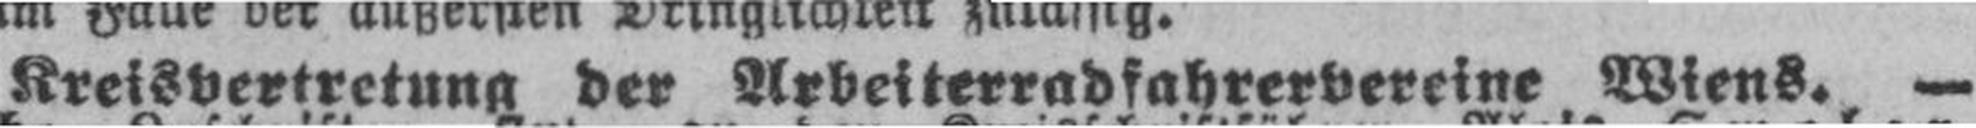
Kreisvertretung der Arbeiterradfahrervereine Wiens. —